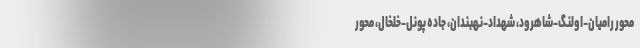
محور رامیان-اولنگ-شاهرود، شهداد-نهبندان، جاده پونل-خلخال، محور‌‌